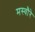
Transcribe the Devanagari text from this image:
मस्वौरे